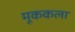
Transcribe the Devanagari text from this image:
मूककला